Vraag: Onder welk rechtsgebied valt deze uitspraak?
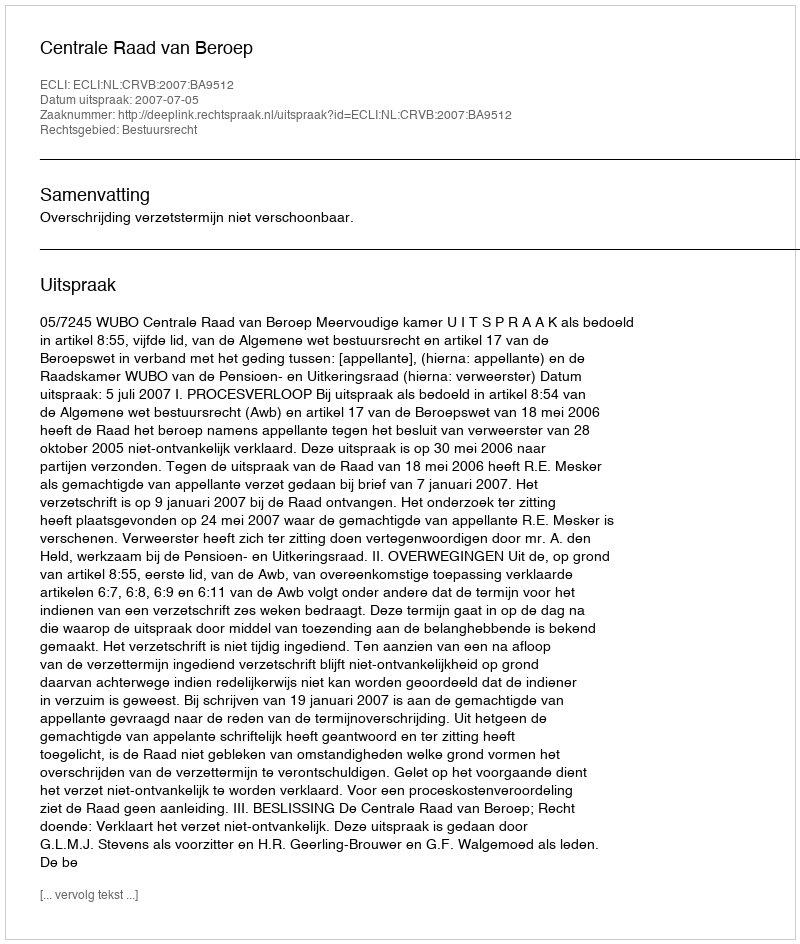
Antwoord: Bestuursrecht